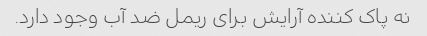
نه پاک کننده آرایش برای ریمل ضد آب وجود دارد.